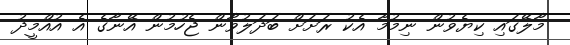
މާލޭގައި ކިޔެވުން ނިމުމާ އެކު ރަށަށް ބަދަލުވާން ޖެހުމުން އޭނާގެ އެ އުއްމީދު